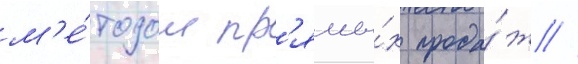
м'е́тодом пр'ямы́х прода́ж //